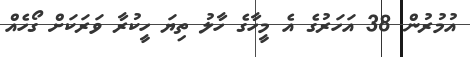
އުމުރުން 38 އަހަރުގެ އެ މީހާގެ ހާލު ތިޔަ ހީކުރާ ވަރަކަށް ގޯހެއް